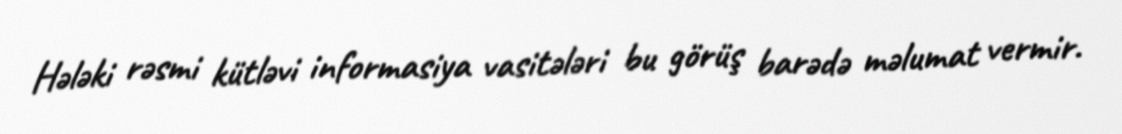
Hələki rəsmi kütləvi informasiya vasitələri bu görüş barədə məlumat vermir.